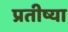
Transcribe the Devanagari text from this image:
प्रतीष्या